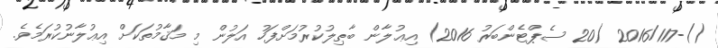
()-2016/117 (20 ސެޕްޓެންބަރު 2016) އިޢުލާން ބާޠިލުކުރުމަށްފަހު އަލުން މި މަޤާމުތަކަށް އިޢުލާނުކުރަމެވެ.